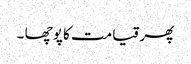
پھر قیامت کا پوچھا ۔